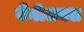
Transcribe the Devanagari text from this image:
बैनीलक्स